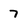
Character: 7